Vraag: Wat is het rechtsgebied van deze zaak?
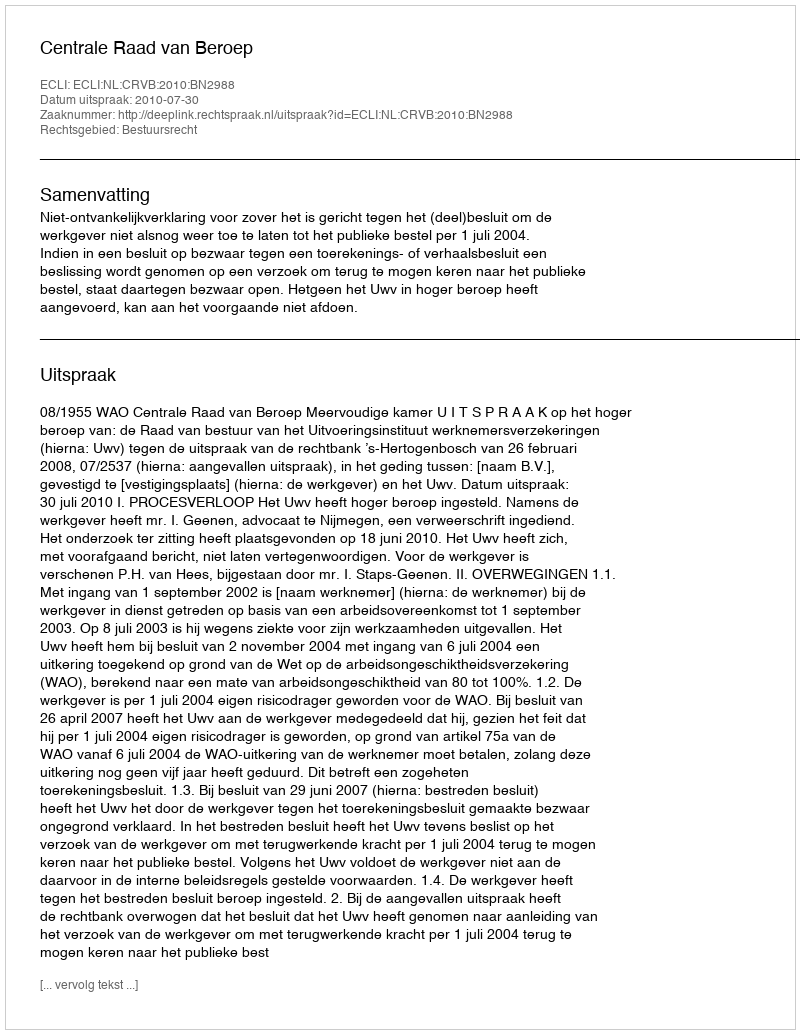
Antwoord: Bestuursrecht